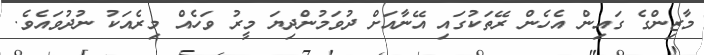
މާޒިންގެ ގައިން އެހެން ރޭތަކުގައި އޭނާއަށް ދުވަމުންދިޔަ މީރު ވަހެއް މިރެއަކު ނުދުވައެވެ.